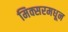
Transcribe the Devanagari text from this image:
मिक्सरमधून